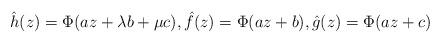
LaTeX: \begin{align*}\hat h(z) = \Phi(az+\lambda b+\mu c),\hat f(z) = \Phi(az+b),\hat g(z) = \Phi(az+c)\end{align*}